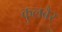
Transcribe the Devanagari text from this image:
कुलबैर